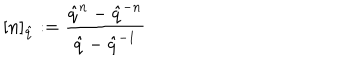
LaTeX: \lbrack n ] _ { \hat { q } } : = \frac { \hat { q } ^ { n } - \hat { q } ^ { - n } } { \hat { q } - \hat { q } ^ { - 1 } }